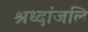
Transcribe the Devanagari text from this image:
श्रध्दांजलि